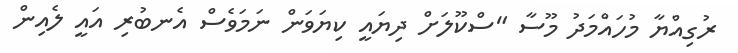
ރުގިއްޔާ މުހައްމަދު މޫސާ "ސްކޫލަށް ދިޔައީ ކިޔަވަން ނަމަވެސް އެނބުރި އައީ ލެއިން